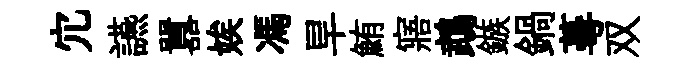
宂讌囂娭馮旱鮪寤鵡鏃鍋蕚双